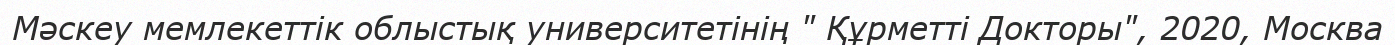
Мәскеу мемлекеттік облыстық университетінің " Құрметті Докторы", 2020, Москва